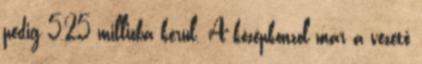
pedig 5,25 millióba kerül. A középkonzol már a vezető